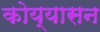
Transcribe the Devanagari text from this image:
कोय्यासन